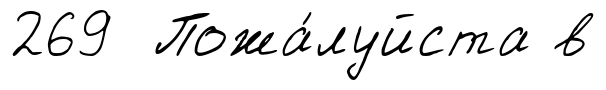
269 Пожа́луйста в